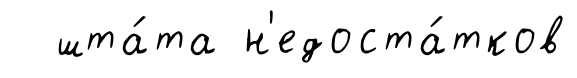
шта́та н'едоста́тков